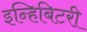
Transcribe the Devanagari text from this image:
इन्हिबिटरी